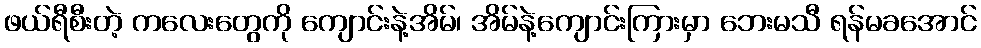
ဖယ်ရီစီးတဲ့ ကလေးတွေကို ကျောင်းနဲ့အိမ်၊ အိမ်နဲ့ကျောင်းကြားမှာ ဘေးမသီ ရန်မခအောင်